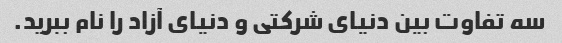
سه تفاوت بین دنیای شرکتی و دنیای آزاد را نام ببرید.